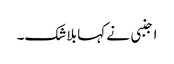
اجنبی نے کہا بلاشک۔